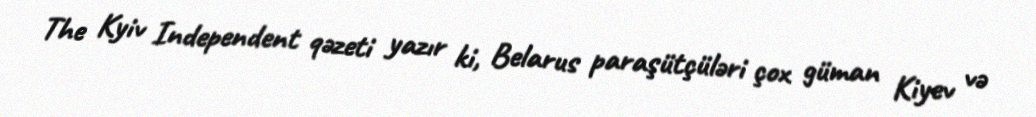
The Kyiv Independent qəzeti yazır ki, Belarus paraşütçüləri çox güman Kiyev və